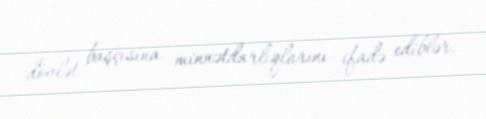
dövlət başçısına minnətdarlıqlarını ifadə ediblər.